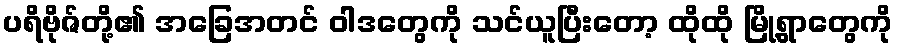
ပရိဗိုဇ်တို့၏ အခြေအတင် ဝါဒတွေကို သင်ယူပြီးတော့ ထိုထို မြို့ရွာတွေကို